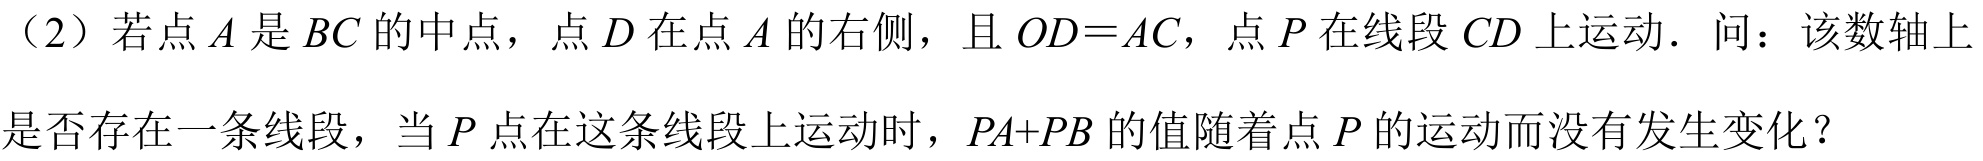
（2）若点\(A\)是\(BC\)的中点，点\(D\)在点\(A\)的右侧，且\(OD = AC\)，点\(P\)在线段\(CD\)上运动．问：该数轴上
是否存在一条线段，当\(P\)点在这条线段上运动时，\(PA + PB\)的值随着点\(P\)的运动而没有发生变化？